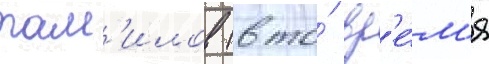
там'илов (в то́ вр'е́м'я